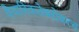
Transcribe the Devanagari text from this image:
वैचारिकतेबरोबरच